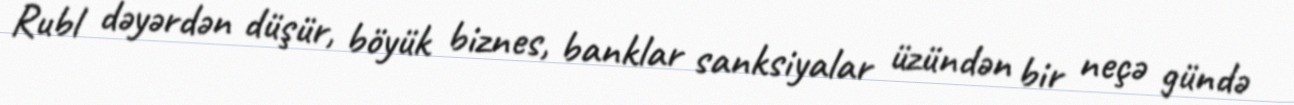
Rubl dəyərdən düşür, böyük biznes, banklar sanksiyalar üzündən bir neçə gündə